Indian journal of veterinary science and animal husbandry - Volumes 18-21, 1948-1951
Year: 1948
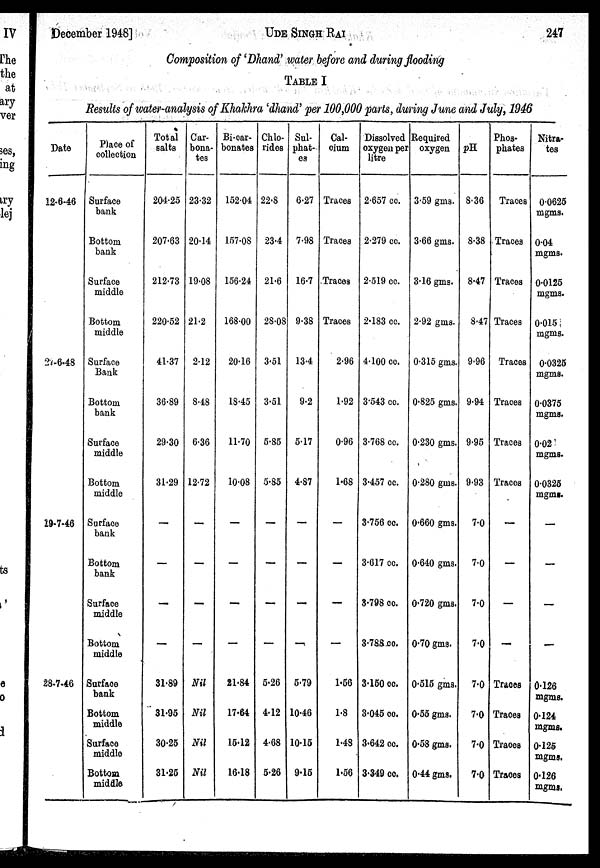
December 1948]
UDE
SINGH
RAI
247
Composition of 'Dhand' water before and during flooding
TABLE I
Results of water-analysis of Khahhra 'dhand' per 100,000 parts, during June and July, 1946
Date
12-6-46
27-6.48
29-7-46
28-7-46
Place of
collection
Surface
bank
Bottom
bank
Surface
middle
Bottom
middle
Surface
Bank
Bottom
bank
Surface
middle
Bottom
middle
Surface
bank
Bottom
bank
Surface
middle
Bottom
middle
Surface
bank
Bottom
middle
Surface
middle
Bottom
middle
Total
salts
204.25
207.63
212.73
220.52
41.37
36.89
29.30
31.29
—
—
—
31.89
31.95
30.25
31.25
Car-
bona-
tes
23.32
20.14
19.08
21.2
2.12
8.48
6.36
12.72
—
—
—
Nil
Nil
Nil
Nil
Bi-car-
bonates
152.04
157.08
156.24
168.00
20.16
18.45
11.70
10.08
—
—
—
21.84
17.64
15.12
16.18
Chlo-
rides
22.8
23.4
21.6
28.08
3.51
3.51
5.85
5.85
—
—
—
5.26
4.12
4.68
5.26
Sul-
phat-
es
6.27
7.98
16.7
9.38
13.4
9.2
5.17
4.87
—
—
—
5.79
10.46
10.15
9.15
Cal-
cium
Traces
Traces
Traces
Traces
2.96
1.92
0.96
1.68
—
—
1.56
1.8
1.48
1.56
Dissolved
oxygen per
litre
2.657 cc.
2.279 cc.
2.519 cc.
2.183 cc.
4.100 cc.
3.543 cc.
3.768 cc.
3.457 cc.
3.756 cc.
3.617 cc.
3.798 cc.
3.788 cc.
3.150 cc.
3.045 cc.
3.642 cc.
3.349 cc.
Required
oxygen
3.59 gms.
3.66 gms.
3.16 gms.
2.92 gms.
0.315 gms.
0.825 gms.
0.230 gms.
0.280 gms.
0.660 gms.
0.640 gms.
0.720 gms.
0.70 gms.
0.515 gms.
0.55 gms.
0.58 gms.
0.44 gms.
pH
8.36
8.38
8.47
8.47
9.96
9.94
9.95
9.93
7.0
7.0
7.0
7.0
7.0
7.0
7.0
7.0
Phos-
phates
Traces
Traces
Traces
Traces
Traces
Traces
Traces
Traces
—
—
—
—
Traces
Traces
Traces
Traces
Nitra-
tes
0.0625
mgms.
0.04
mgms.
0.0125
mgms.
0.015
mgms.
0.0325
mgms.
0.0375
mgms.
0.02
mgms.
0.0325
mgms.
—
—
—
—
0.126
mgms.
0.124
mgms.
0.125
mgms.
0.126
mgms.